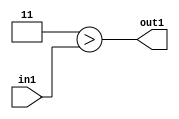
`timescale 1ps / 1ps
/*****************************************************************************
    Verilog RTL Description
    
    
    Created by: Stratus DpOpt 2019.1.01 
*******************************************************************************/

module GaussianFilter_Lti3u2_1 (
	in1,
	out1
	); /* architecture "behavioural" */ 
input [1:0] in1;
output  out1;
wire  asc001;

assign asc001 = (7'B0000011>in1);

assign out1 = asc001;
endmodule

/* CADENCE  urf2TQ8= : u9/ySgnWtBlWxVPRXgAZ4Og= ** DO NOT EDIT THIS LINE ******/